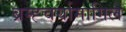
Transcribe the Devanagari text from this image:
ब्रम्ह्चर्यामागिल